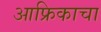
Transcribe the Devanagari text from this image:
आफ्रिकाचा